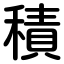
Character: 積